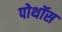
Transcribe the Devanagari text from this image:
पोथॉस